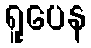
ရူပေန